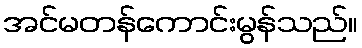
အင်မတန်ကောင်းမွန်သည်။